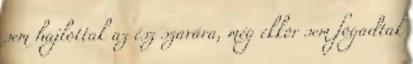
sem hajlottak az ész szavára, még ekkor sem fogadtak